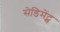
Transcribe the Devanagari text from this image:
सेडिमेंट्स